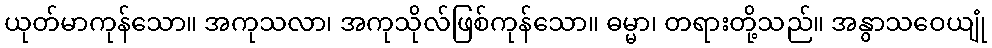
ယုတ်မာကုန်သော။ အကုသလာ၊ အကုသိုလ်ဖြစ်ကုန်သော။ ဓမ္မာ၊ တရားတို့သည်။ အနွာသဝေယျုံ